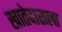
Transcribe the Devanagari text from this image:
खातेदाराला